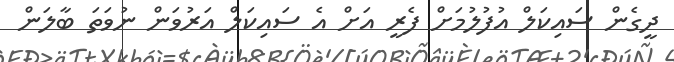
ދީގެން ސައިކަލް އުފުލުމަށް ފެރީ އަށް އެ ސައިކަލް އަރުވަން ނުވަތަ ބާލަން